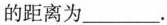
的距离为______.